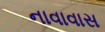
નાવાવાસ